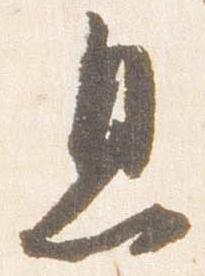
息